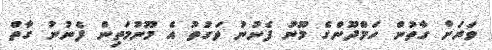
ވަރަށް ގާތުން ހަމްދޫންގެ މޫނު ފެނުނު ވަގުތު އެ މޫނުމަތިން ފެނުނު ގާތް